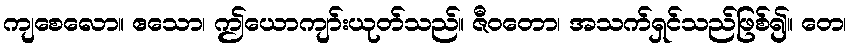
ကျစေလော။ ဧသော၊ ဤယောကျာ်းယုတ်သည်။ ဇီဝတော၊ အသက်ရှင်သည်ဖြစ်၍။ တေ၊